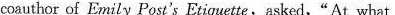
coauthor of Emily Post's Etiquette,asked,"At what